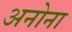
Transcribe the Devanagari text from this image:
अनोना